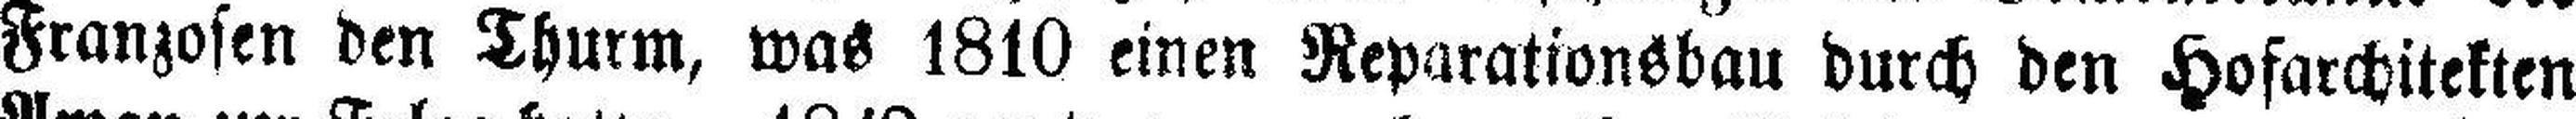
Franzosen den Thurm, was 1810 einen Reparationsbau durch den Hofarchitekten